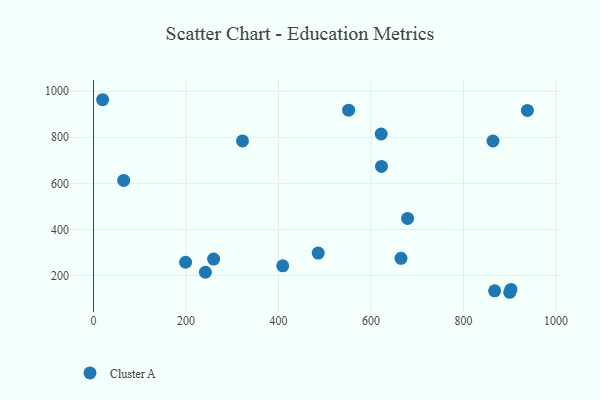
{"axis": {"x": "Study Hours", "y": "Demand"}, "legend": ["Cluster A"], "data": [{"x": "679.1", "y": 448.1, "type": "Cluster A"}, {"x": "19.7", "y": 963.0, "type": "Cluster A"}, {"x": "199.1", "y": 257.8, "type": "Cluster A"}, {"x": "900.0", "y": 127.4, "type": "Cluster A"}, {"x": "485.8", "y": 297.7, "type": "Cluster A"}, {"x": "65.3", "y": 612.8, "type": "Cluster A"}, {"x": "551.6", "y": 917.6, "type": "Cluster A"}, {"x": "902.5", "y": 139.7, "type": "Cluster A"}, {"x": "322.1", "y": 784.4, "type": "Cluster A"}, {"x": "938.1", "y": 916.7, "type": "Cluster A"}, {"x": "867.3", "y": 133.5, "type": "Cluster A"}, {"x": "409.2", "y": 242.0, "type": "Cluster A"}, {"x": "241.9", "y": 214.3, "type": "Cluster A"}, {"x": "622.0", "y": 814.2, "type": "Cluster A"}, {"x": "259.7", "y": 271.6, "type": "Cluster A"}, {"x": "622.6", "y": 673.6, "type": "Cluster A"}, {"x": "863.7", "y": 783.8, "type": "Cluster A"}, {"x": "664.8", "y": 274.7, "type": "Cluster A"}]}